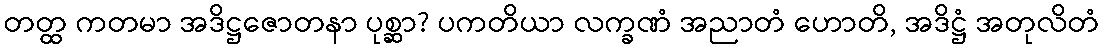
တတ္ထ ကတမာ အဒိဋ္ဌဇောတနာ ပုစ္ဆာ? ပကတိယာ လက္ခဏံ အညာတံ ဟောတိ, အဒိဋ္ဌံ အတုလိတံ